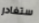
ستغادر